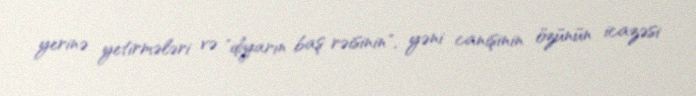
yerinə yetirmələri və "diyarın baş rəisinin", yəni canişinin özünün icazəsi